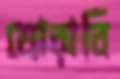
ঘোরাবি